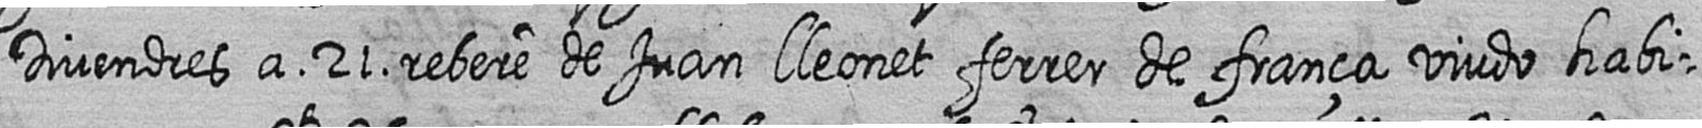
Divendres a 21 rebere de Juan Lleonet ferrer de frança viudo habi=